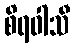
စိရဝါသီ